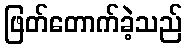
ဖြတ်တောက်ခဲ့သည်